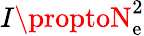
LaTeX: I\proptoN_{\mathrm{e}}^{2}